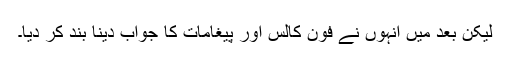
لیکن بعد میں انہوں نے فون کالس اور پیغامات کا جواب دینا بند کر دیا۔